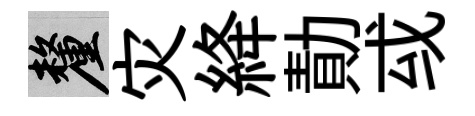
厘灾絳勣㦯